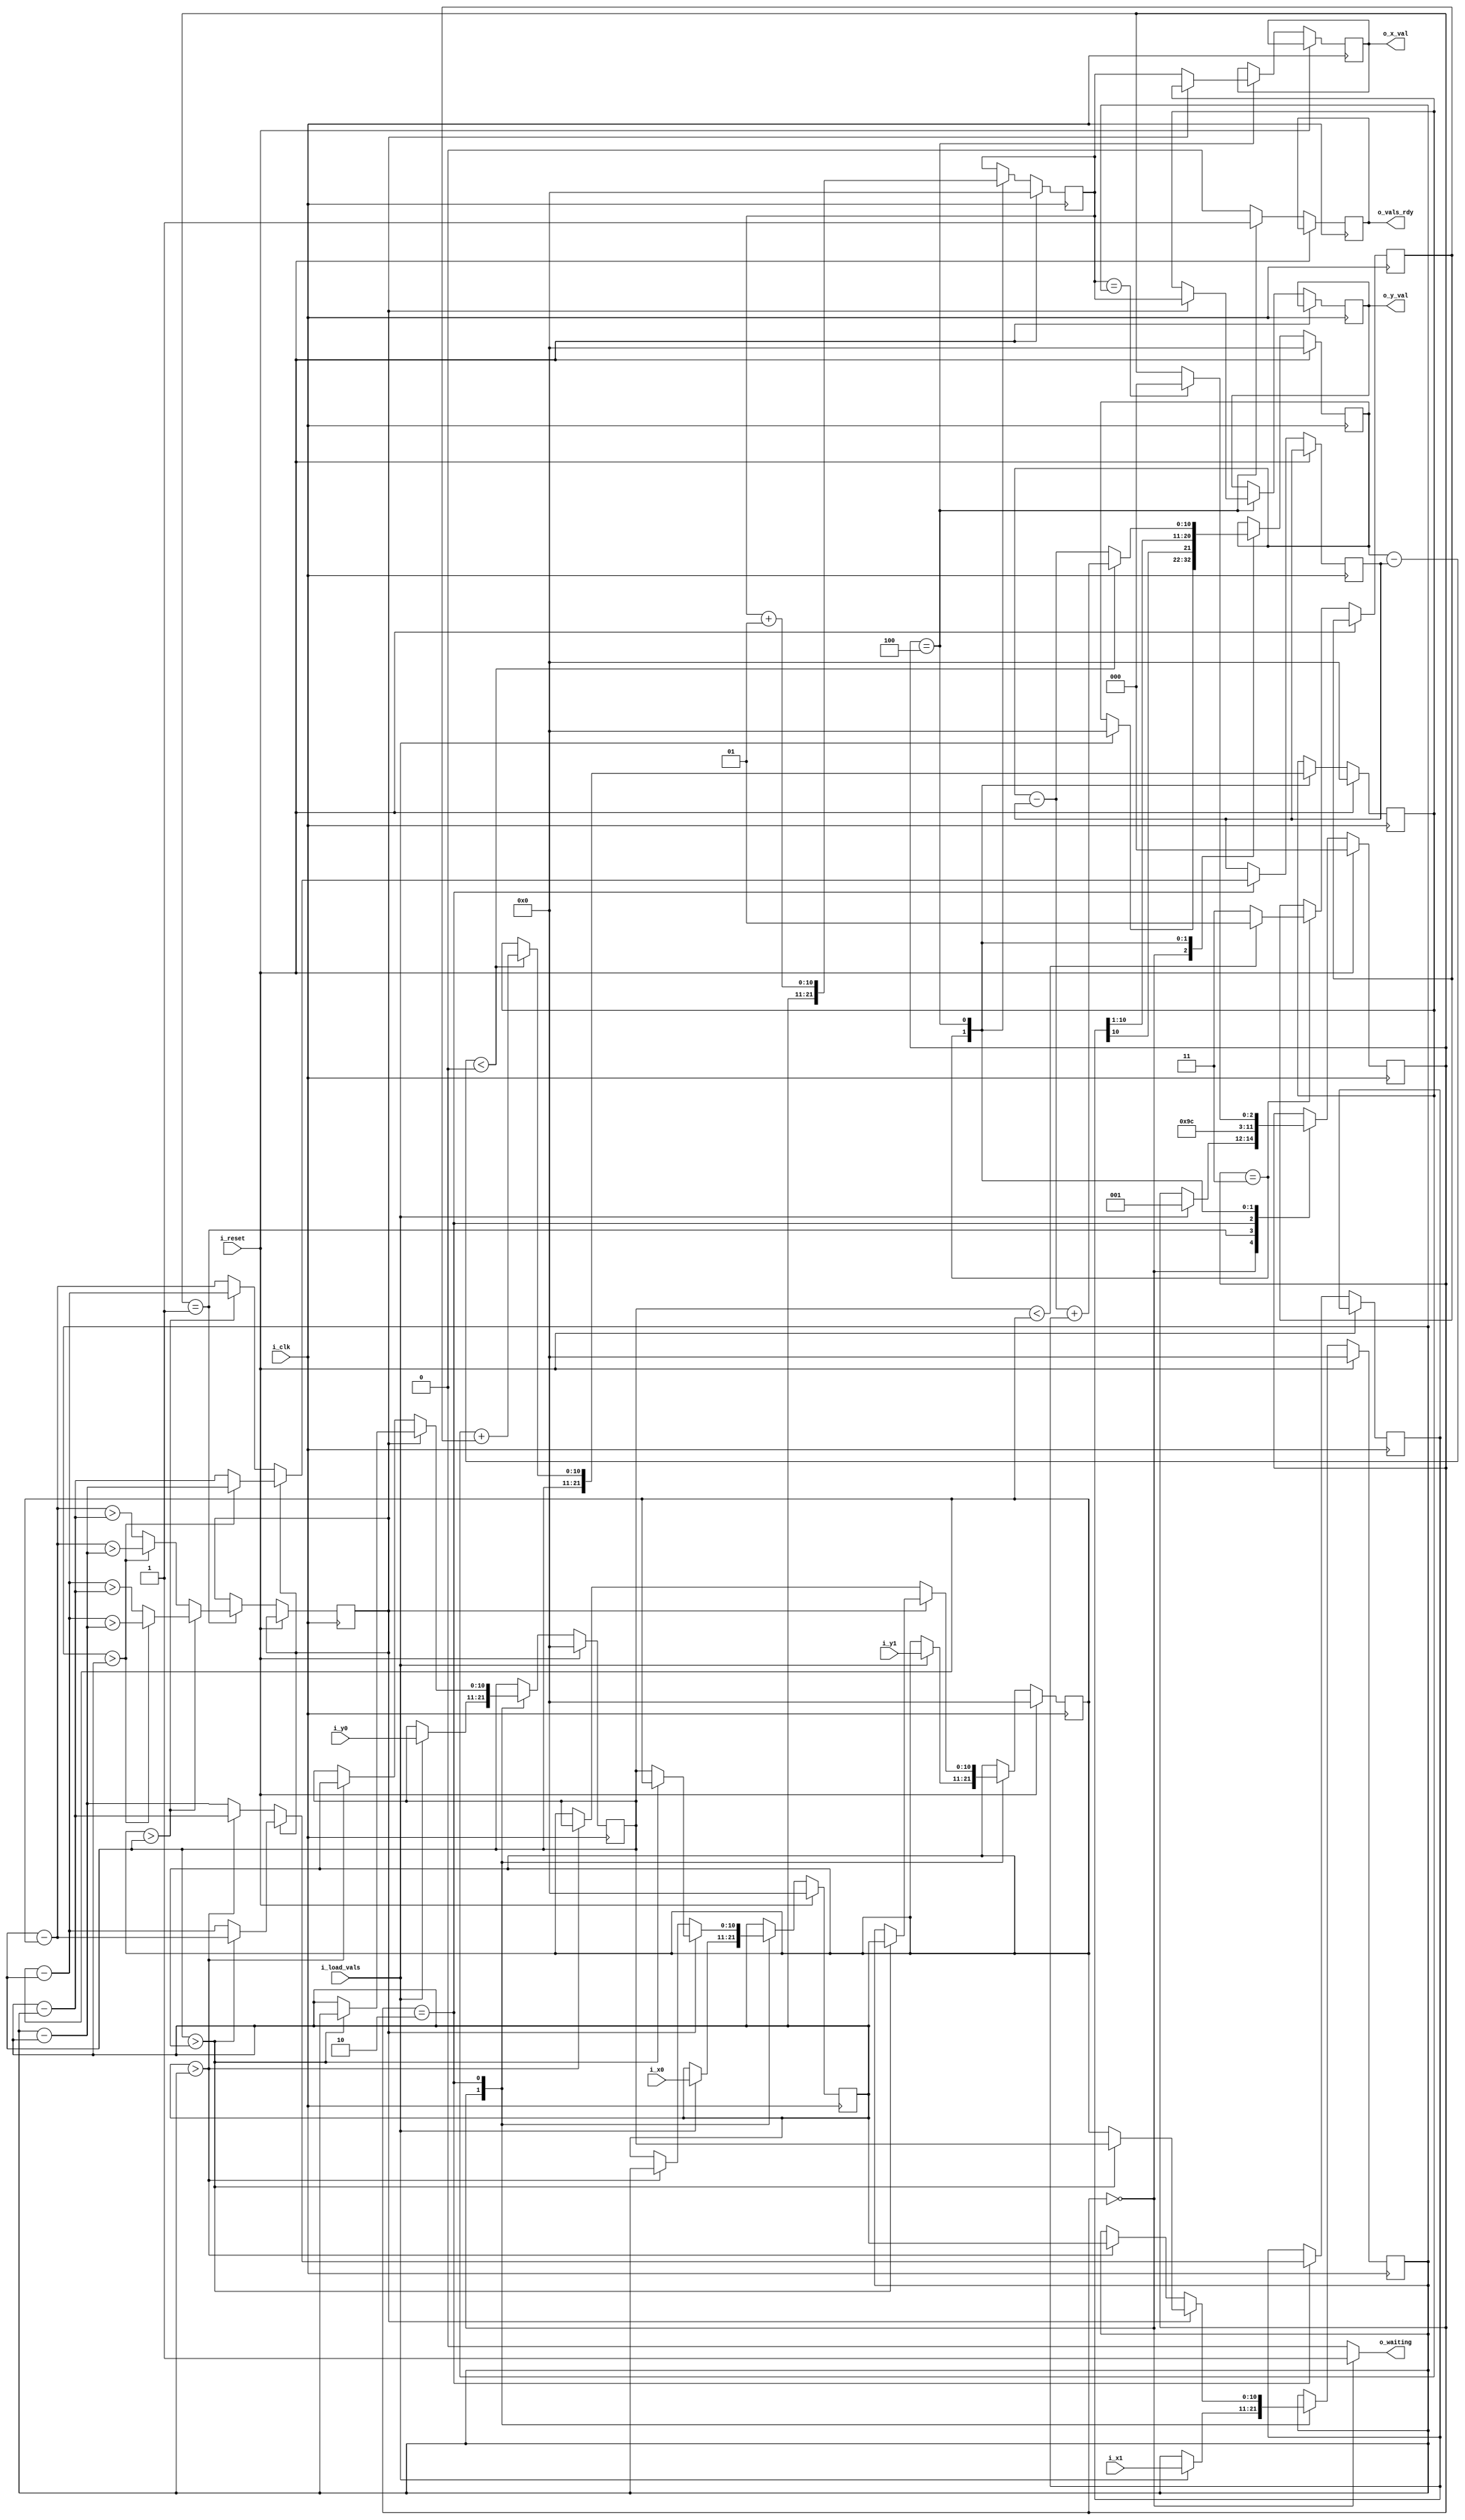
module bresenham(
      input                        i_clk,
      input                        i_reset,
      input      [P_X_COORD_W-1:0] i_x0,
      input      [P_X_COORD_W-1:0] i_x1,
      input      [P_Y_COORD_W-1:0] i_y0,
      input      [P_Y_COORD_W-1:0] i_y1,
      input                        i_load_vals,
      output reg [P_X_COORD_W-1:0] o_x_val,
      output reg [P_Y_COORD_W-1:0] o_y_val,
      output                       o_vals_rdy,
      output                       o_waiting
    );
    
   // Parameters
   parameter  P_X_COORD_W                 = 11;
   parameter  P_Y_COORD_W                 = 11;

   // Local parameters
   localparam P_ERROR_W                   = (P_X_COORD_W>P_Y_COORD_W) ? P_X_COORD_W : P_Y_COORD_W;
   localparam STATE__WAITING              = 0;
   localparam STATE__SETUP_IS_STEEP       = 1;
   localparam STATE__SETUP_REV_COORDS     = 2;
   localparam STATE__SETUP_ERROR_AND_STEP = 3;
   localparam STATE__DRAWING              = 4;

   // State variables
   reg                    [2:0] curr_state, next_state;
   
   // X and Y registers 
   reg signed [P_X_COORD_W-1:0] x, x0, x1;
   reg signed [P_Y_COORD_W-1:0] y, y0, y1;
   // X and Y change registers
   reg signed [P_X_COORD_W-1:0] delta_x;
   reg signed [P_X_COORD_W-1:0] delta_y;
   // Error register
   reg signed   [P_ERROR_W-1:0] error;
   // Step value for Y coordinate of line
   reg signed             [1:0] ystep;
   // Control signals
   reg                          steep;
   reg                          vals_rdy;
   reg                          waiting;

   // Assign output control signals
   assign o_vals_rdy   = vals_rdy;
   assign o_waiting    = (curr_state == STATE__WAITING) ? 1'b1 : 1'b0;

   // Generate output values
   always @(posedge i_clk)
   begin
      if (i_reset) begin
         x              <= 'b0;
         x0             <= 'b0;
         x1             <= 'b0;
         y              <= 'b0;
         y0             <= 'b0;
         y1             <= 'b0;
         error          <= 'b0;
         curr_state     <= STATE__WAITING;
      end else begin
         vals_rdy       <= 0;
         x0             <= x0;
         x1             <= x1;
         y0             <= y0;
         y1             <= y1;
         error          <= error;
         curr_state     <= next_state;

         case (curr_state)
            STATE__WAITING : begin
               // Load input coordinates into registers
               if (i_load_vals) begin
                  x0    <= i_x0;
                  x1    <= i_x1;
                  y0    <= i_y0;
                  y1    <= i_y1;
                  error <= 'b0;
               end
            end
            STATE__SETUP_IS_STEEP : begin
               // Determine if the slope of the line is steep 
               //  (i.e. abs(slope) > 1)
               if (y1 > y0) begin
                  if (x1 > x0) begin 
                     steep <= (y1-y0) > (x1-x0);
                  end else begin
                     steep <= (y1-y0) > (x0-x1);
                  end
               end else begin
                  if (x1 > x0) begin 
                     steep <= (y0-y1) > (x1-x0);
                  end else begin
                     steep <= (y0-y1) > (x0-x1);
                  end
               end
            end
            STATE__SETUP_REV_COORDS : begin
               // Adjust the coordinates to draw line with
               // a slope that is positive and less than 1
               if (steep) begin
                  if (y0 > y1) begin
                     x0      <= y1;
                     x1      <= y0;
                     y0      <= x1;
                     y1      <= x0;
                     delta_x <= y0-y1;
                     delta_y <= (x1>x0 ? x1-x0 : x0-x1);
                  end else begin
                     x0      <= y0;
                     x1      <= y1;
                     y0      <= x0;
                     y1      <= x1;
                     delta_x <= y1-y0;
                     delta_y <= (x1>x0 ? x1-x0 : x0-x1);
                  end
               end else begin
                  if (x0 > x1) begin
                     x0      <= x1;
                     x1      <= x0;
                     y0      <= y1;
                     y1      <= y0;
                     delta_x <= x0-x1;
                     delta_y <= (y1>y0 ? y1-y0 : y0-y1);
                  end else begin
                     delta_x <= x1-x0;
                     delta_y <= (y1>y0 ? y1-y0 : y0-y1);
                  end
               end
            end
            STATE__SETUP_ERROR_AND_STEP : begin
               // Set up the error, step values and initial values of x,y
               error <= delta_x >>> 1;
               ystep <= (y0<y1 ? 1 : -1);
               x     <= x0;
               y     <= y0;
            end
            STATE__DRAWING : begin
               // Write coordinates to output
               if (steep) begin
                  o_x_val <= y;
                  o_y_val <= x;
               end else begin
                  o_x_val <= x;
                  o_y_val <= y;
               end
               
               x <= x+1;
               
               if (error-delta_y < 0) begin
                  error <= error-delta_y + delta_x;
                  y     <= y+ystep;
               end else begin
                  error <= error-delta_y;
               end
               
               vals_rdy <= 1;
            end
         endcase
      end
   end
   
   // Next state logic
   always @(curr_state, i_load_vals, x, x1)
   begin
      next_state = curr_state;
      case(curr_state)
         STATE__WAITING : begin
            if (i_load_vals) begin
               next_state = STATE__SETUP_IS_STEEP;
            end 
         end
         STATE__SETUP_IS_STEEP : begin
            next_state = STATE__SETUP_REV_COORDS;
         end
         STATE__SETUP_REV_COORDS : begin
            next_state = STATE__SETUP_ERROR_AND_STEP;
         end
         STATE__SETUP_ERROR_AND_STEP : begin
            next_state = STATE__DRAWING;
         end
         STATE__DRAWING : begin
            if (x == x1) begin
               next_state = STATE__WAITING;
            end 
         end         
      endcase
   end

endmodule